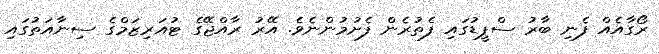
ރޯގާއެއް ފެނި ބާރު ސްޕީޑުގައި ފެތުރެން ފެށުމުންނެވެ. އޭރު ރާއްޖޭގެ ޓުއަރިޒަމްގެ ސިނާއަތުގައި